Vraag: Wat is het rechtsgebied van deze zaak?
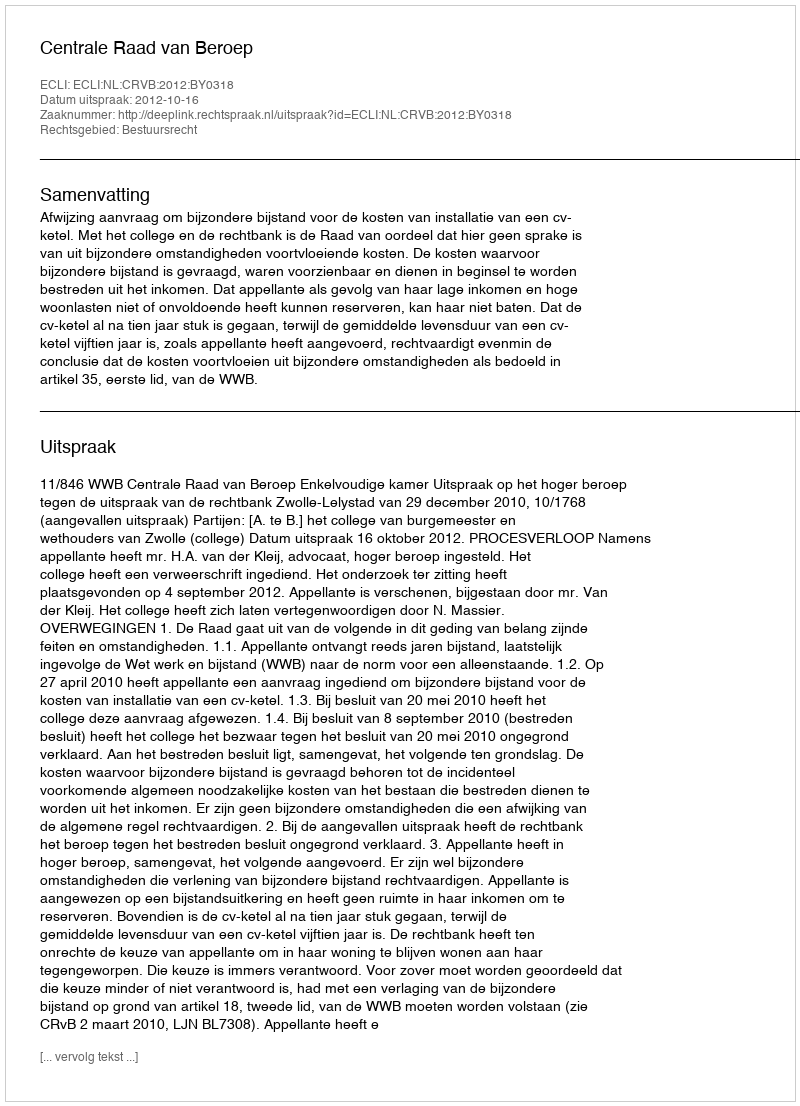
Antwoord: Bestuursrecht